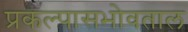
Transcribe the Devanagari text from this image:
प्रकल्पासभोवताल